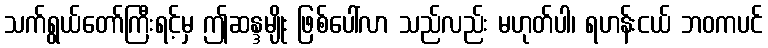
သက်ရွယ်တော်ကြီးရင့်မှ ဤဆန္ဒမျိုး ဖြစ်ပေါ်လာ သည်လည်း မဟုတ်ပါ၊ ရဟန်းငယ် ဘဝကပင်